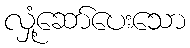
လှုံ့ဆော်ပေးသော